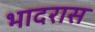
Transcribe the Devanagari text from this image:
भादरास